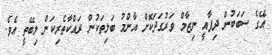
އޭގެ ސަބަބުން ދިފާއީ ނިޒާމް ވަރުގަދަކޮށް އާންމު ބަލިތަކުން ރައްކާތެރިކަން ލިބޭތީ އެވެ.